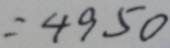
= 4 9 5 0